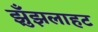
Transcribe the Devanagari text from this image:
झुँझलाहट